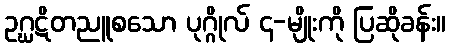
ဥဂ္ဃဋိတညူစသော ပုဂ္ဂိုလ် ၄-မျိုးကို ပြဆိုခန်း။